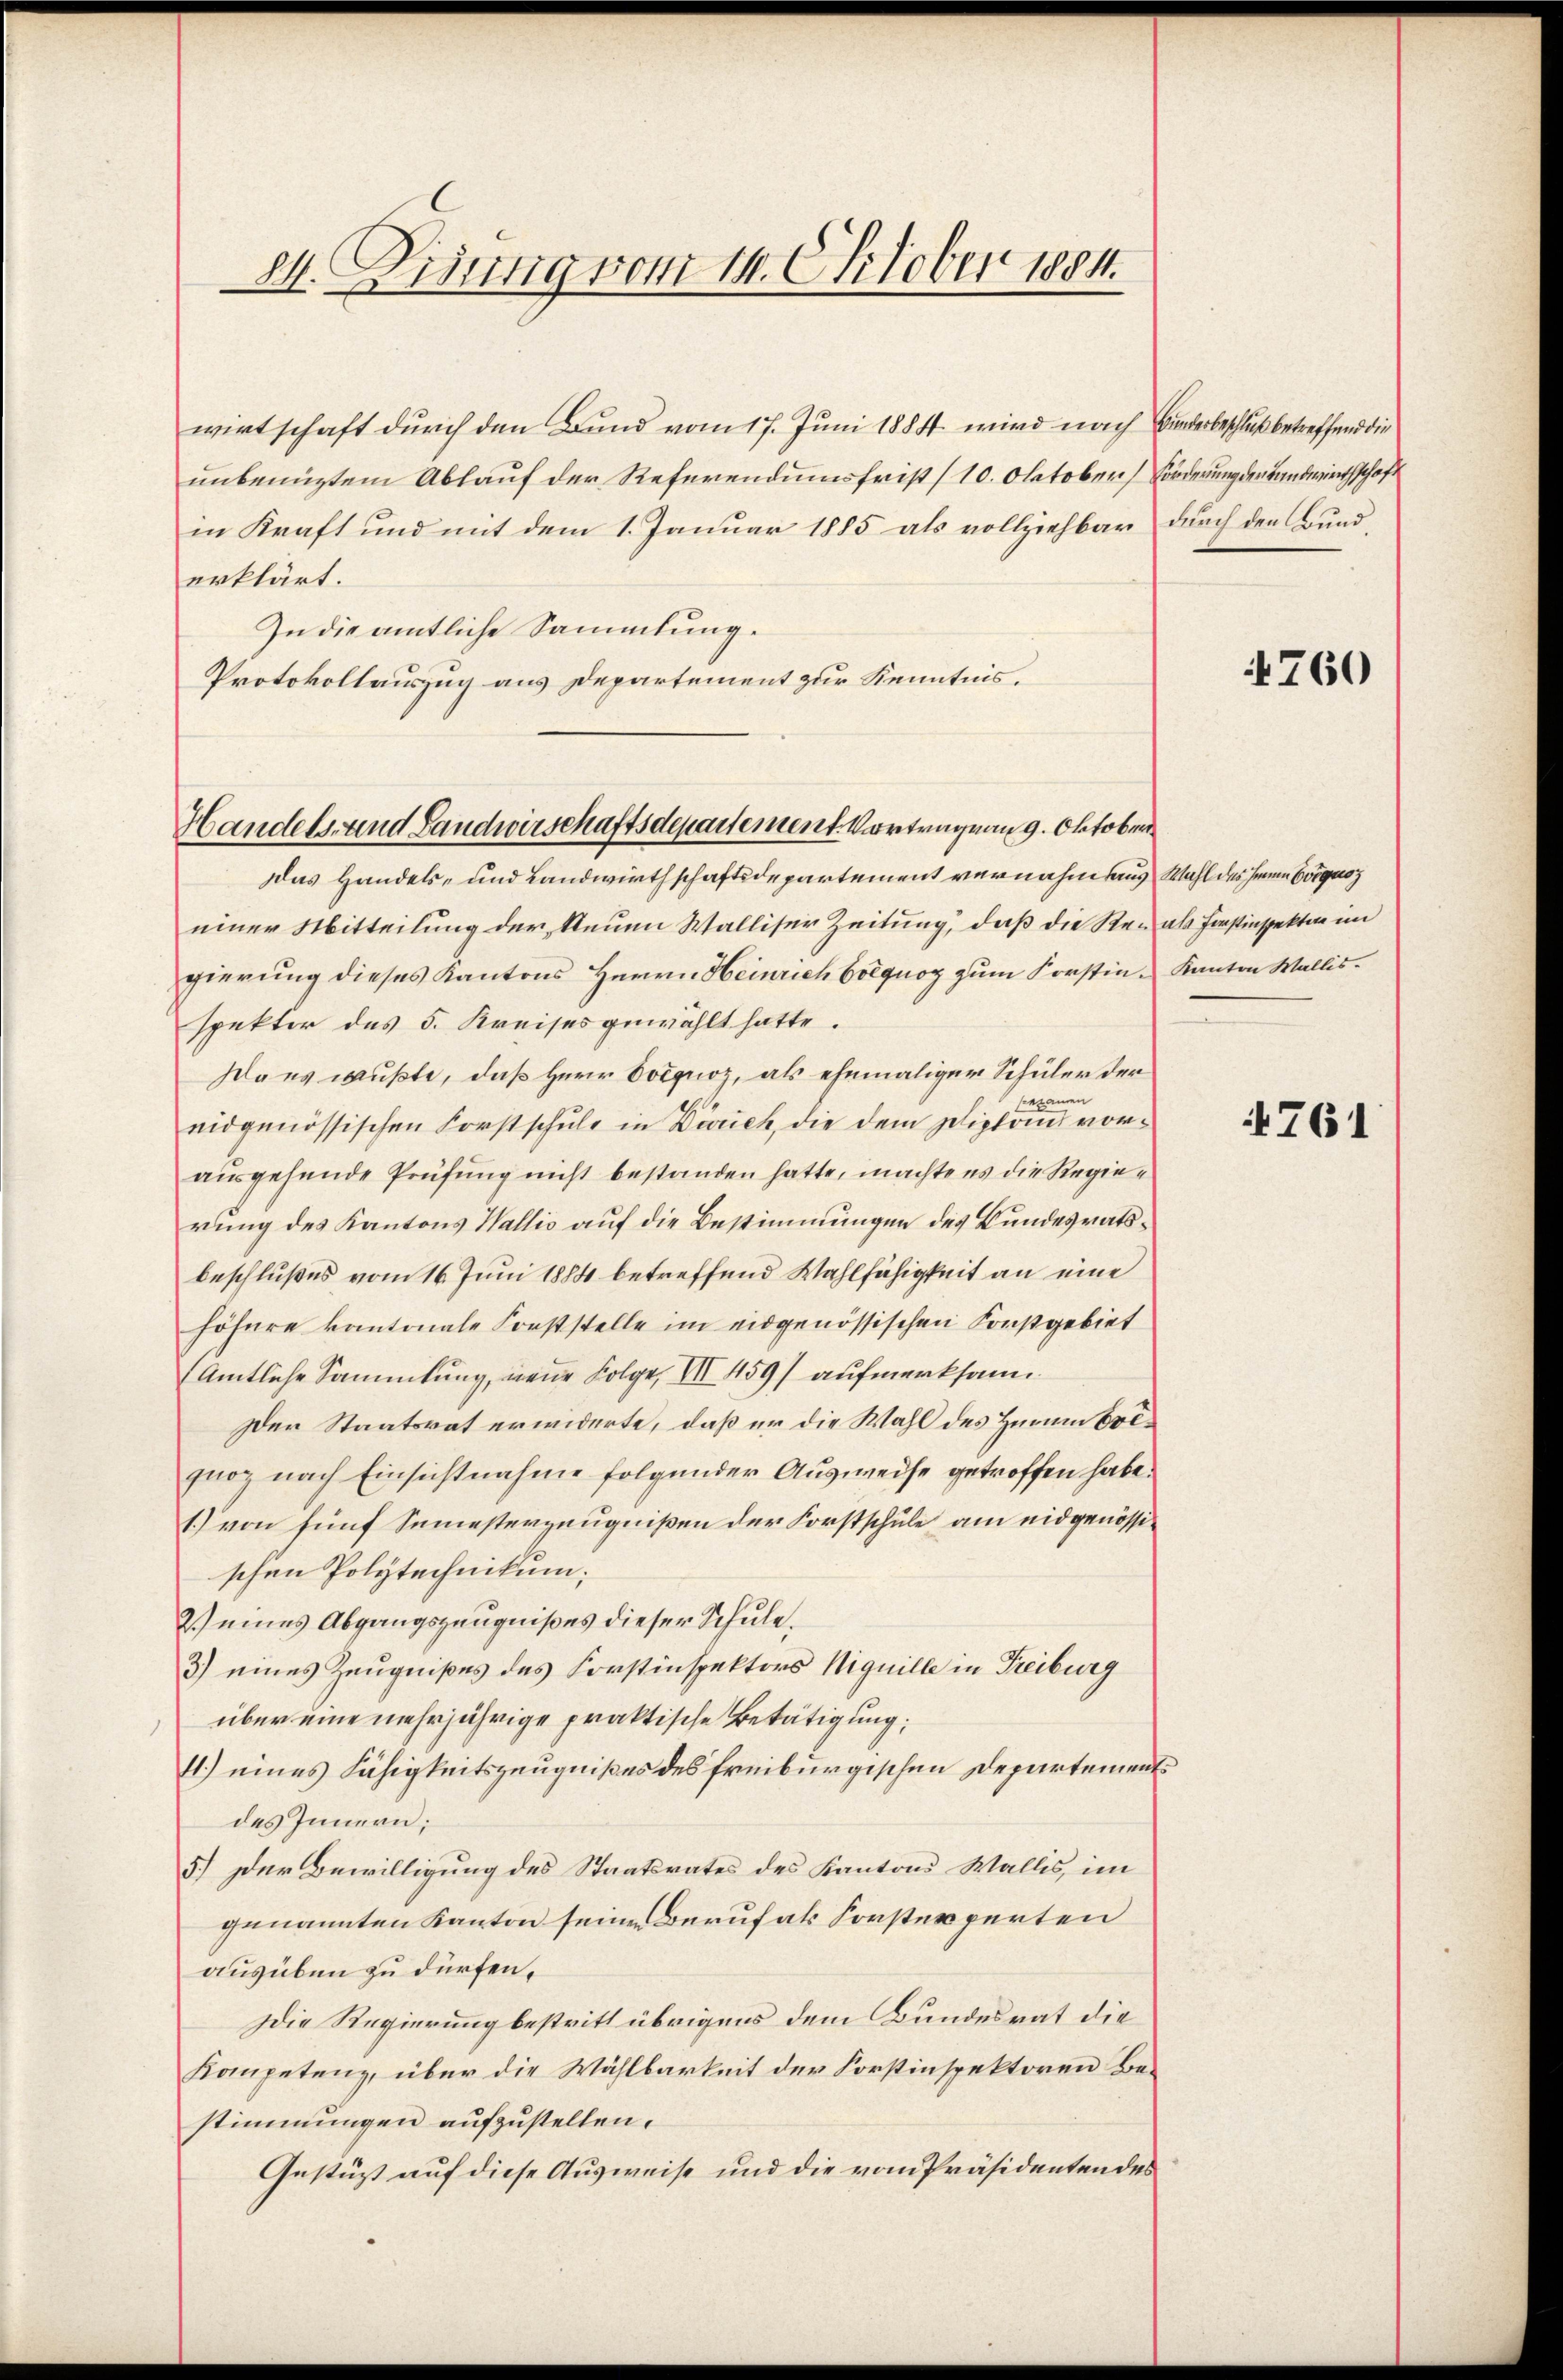
24. Disung vom 14. Oktober 1884.

Handels- und Landwirschaftsdepartement. Vortragen 9. Oktober

wirtschaft durch den Band vom 17. Juni 1884 wird nach Bunderbeschluß betreffend die
unbenütztem Ablauf der Referendumsfrist (10. Oktober Forderung der Landwirthschaft
in Kraft und mit dem 1. Januar 1885 als vollziehbar durch den Bunderklärt.
In die amtliche Sammlung.
Protokollauszug aus Departement zur Kenntnis.

Das Handels- und Landwirthschaftsdepartement vernahm aus Wahl des Herrn Corquoz
einer Mitteilung der Neuen Walliser Zeitung, daß die Re- als Forstinspektar im
gierung dieses Kantons Herrn Heinrich Coquoz zum Forstin Kanton Wallisspektor des 5. Kreises gewählt hatte.
Daus wußte, daß Herr Docquoz, als ehemaliger Schüler der
examen
eidgenössischen Forstschule in Zürich, die dem Diplom vorausgehende Prüfung nicht bestanden hatte, machte es die Regierung des Kantons Wallis auf die Bestimmungen des Bundesratsbeschlußes vom 16. Juni 1884 betreffend Wahlfähigkeit an eine
höhere kantonale Forststelle im eidgenössischen Konstgebiet
Amtliche Sammlung, neue Folge, III 459) aufmerksam
Der Staatsrat erwiderte, daß er die Wahl des Herum Colqnoz nach Einsichtnahme folgender Ausweise getroffen habe.
1.) von fünf Semesterzeugnißen der Forstschule am eidgenössischen Polytechnikum.
2.) eines Abgangszeugnißes dieser Schule.
3) eines Zeugnißes des Forstinspektors Niquille in Freiburg
über eine mehrjährige praktische Betätigung,
4.) eines Fähigkeitszeugnißes des freiburgischen Departements
des Innern;
5.) Der Bewilligung des Staatsrates des Kantons Wallis, im
genannten Kanton seine Berufak Forsterperten
ausüben zu dürfen.
Die Regierung bestritt übrigens dem Bundesrat die
Kompetenz, über die Wählbarkeit der Forstinspektoren Bestimmungen aufzustellen.
Gestützt auf diese Ausweise und die vom Präsidenten des

4760

761